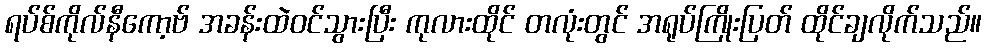
ရပ်စ်ကိုလ်နီကော့ဗ် အခန်းထဲဝင်သွားပြီး ကုလားထိုင် တလုံးတွင် အရုပ်ကြိုးပြတ် ထိုင်ချလိုက်သည်။